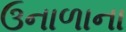
ઉનાળાના